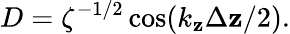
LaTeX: D=\zeta^{-1/2}\cos(k_{\mathbf{z}}\Delta\mathbf{z}/2).